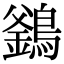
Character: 𪄇